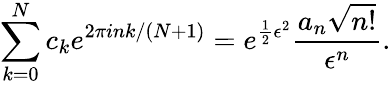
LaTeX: \sum_{k=0}^{N}c_{k}e^{2\pi ink/(N+1)}=e^{\frac{1}{2}\epsilon^{2}}\frac{a_{n}\sqrt{n!}}{\epsilon^{n}}.